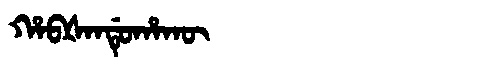
Manchu: ᡥᠠᠪᡧᠠᠨᡩᡠᡥᠠᡴᡡ
Romanization: HABŠANDUHAKŪ